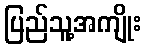
ပြည်သူ့အကျိုး